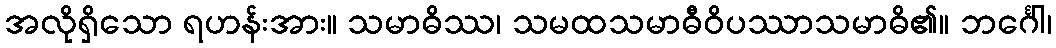
အလိုရှိသော ရဟန်းအား။ သမာဓိဿ၊ သမထသမာဓီဝိပဿာသမာဓိ၏။ ဘင်္ဂေါ၊